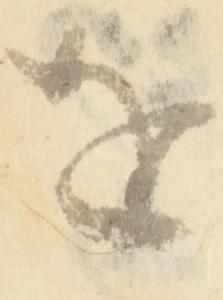
を